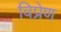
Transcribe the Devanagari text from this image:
विप्रेण